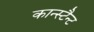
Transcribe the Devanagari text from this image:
कान्स्टैन्ट